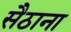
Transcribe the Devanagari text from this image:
सैठाना